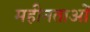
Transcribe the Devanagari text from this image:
महीनताओं